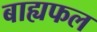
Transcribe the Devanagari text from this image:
बाह्यफल